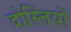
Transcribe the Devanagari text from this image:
दोस्तियों